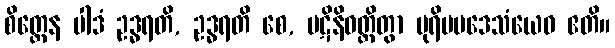
စိတ္တေန ပါဒံ ဥဒ္ဓရတိ, ဥဒ္ဓရတိ စေ, ပဋိနိဝတ္တိတွာ ပုရိမပဒေသံယေဝ ဧတိ။